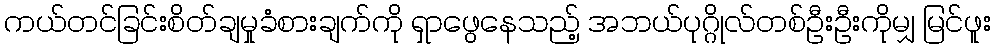
ကယ်တင်ခြင်းစိတ်ချမှုခံစားချက်ကို ရှာဖွေနေသည့် အဘယ်ပုဂ္ဂိုလ်တစ်ဦးဦးကိုမျှ မြင်ဖူး